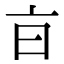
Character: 𣅀